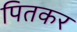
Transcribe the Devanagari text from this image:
पितकर